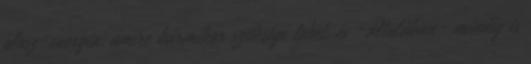
plusz-energia, amire bármikor szüksége lehet, és -általában- mindig is